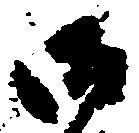
御